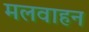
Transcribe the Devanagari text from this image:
मलवाहन